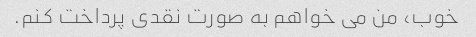
خوب، من می خواهم به صورت نقدی پرداخت کنم.